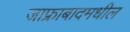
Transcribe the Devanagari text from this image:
जाफ्राबादमधील